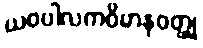
ယဝပါလကဝိမာနဝတ္ထု